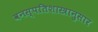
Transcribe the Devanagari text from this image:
वनस्पतिशास्त्रानुसार